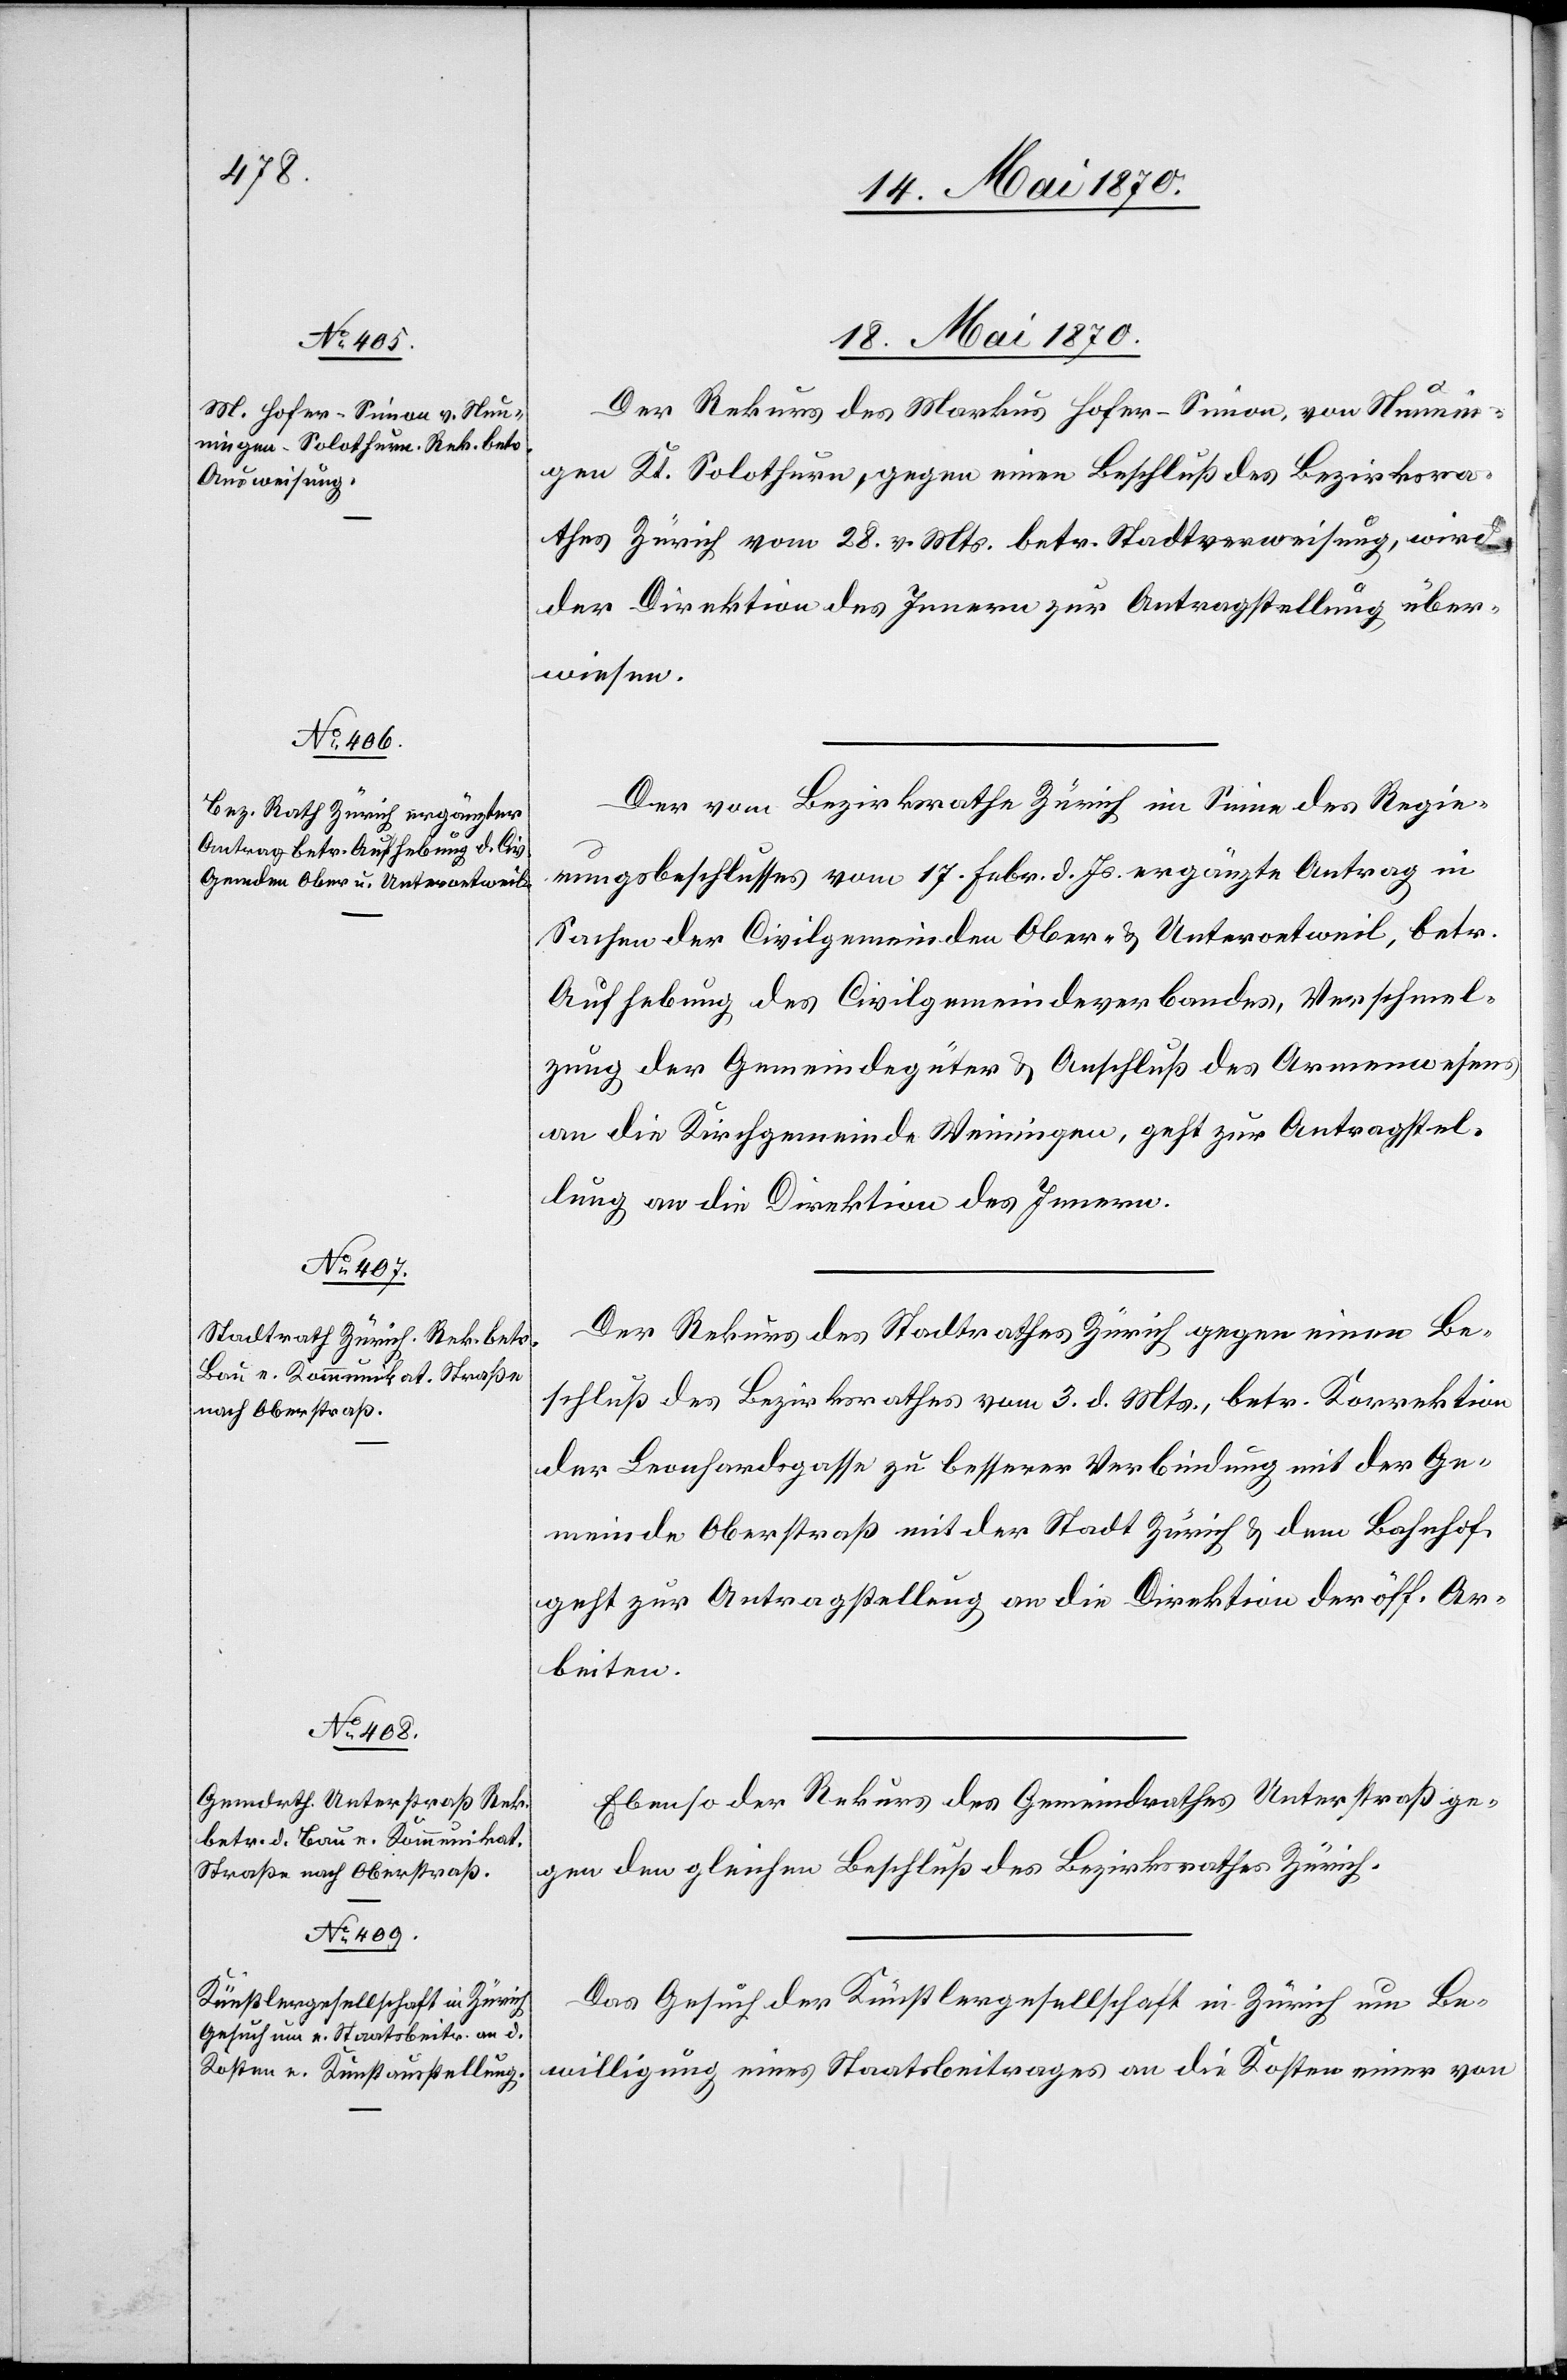
18. Mai 1870.]
18. Mai 1870.
Der Rekurs des Markus Hofer-Simon, von Nunnin¬
gen Kt. Solothurn, gegen einen Beschluß des Bezirksra¬
thes Zürich vom 28. v. Mts. betr. Stadtverweisung, wird
der Direktion des Innern zur Antragstellung über¬
wiesen.
Der vom Bezirksrathe Zürich im Sinne des Regie¬
rungsbeschlusses vom 17. Febr. d. Js. ergänzte Antrag in
Sachen der Civilgemeinden Ober- & Unteroetweil, betr.
Aufhebung des Civilgemeindeverbandes, Verschmel¬
zung der Gemeindegüter & Anschluß des Armenwesens
an die Kirchgemeinde Weiningen, geht zur Antragstel¬
lung an die Direktion des Innern.
Der Rekurs des Stadtrathes Zürich gegen einen Be¬
schluß des Bezirksrathes vom 3. d. Mts., betr. Korrektion
der Leonhardsgasse zu besserer Verbindung mit der Ge¬
meinde Oberstraß mit der Stadt Zürich & dem Bahnhof
geht zur Antragstellung an die Direktion der öff. Ar¬
beiten.
Ebenso der Rekurs des Gemeindrathes Unterstraß ge¬
gen den gleichen Beschluß des Bezirksrathes Zürich.
Das Gesuch der Künstlergesellschaft in Zürich um Be¬
willigung eines Staatsbeitrages an die Kosten einer von